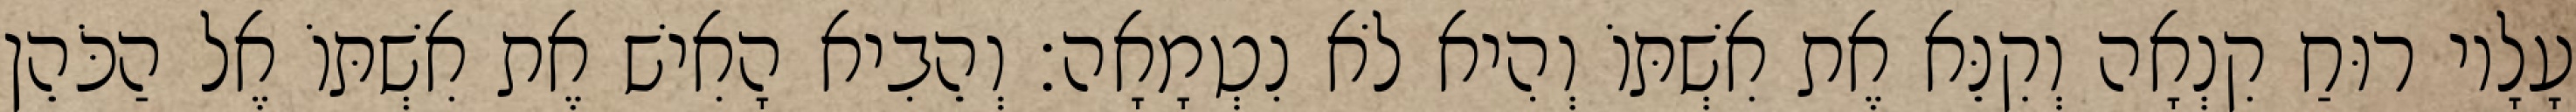
עָלָיו רוּחַ קִנְאָה וְקִנֵּא אֶת אִשְׁתּוֹ וְהִיא לֹא נִטְמָאָה׃ וְהֵבִיא הָאִישׁ אֶת אִשְׁתּוֹ אֶל הַכֹּהֵן